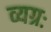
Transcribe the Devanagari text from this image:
व्यग्रः